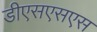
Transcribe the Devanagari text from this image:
डीएसएसएस